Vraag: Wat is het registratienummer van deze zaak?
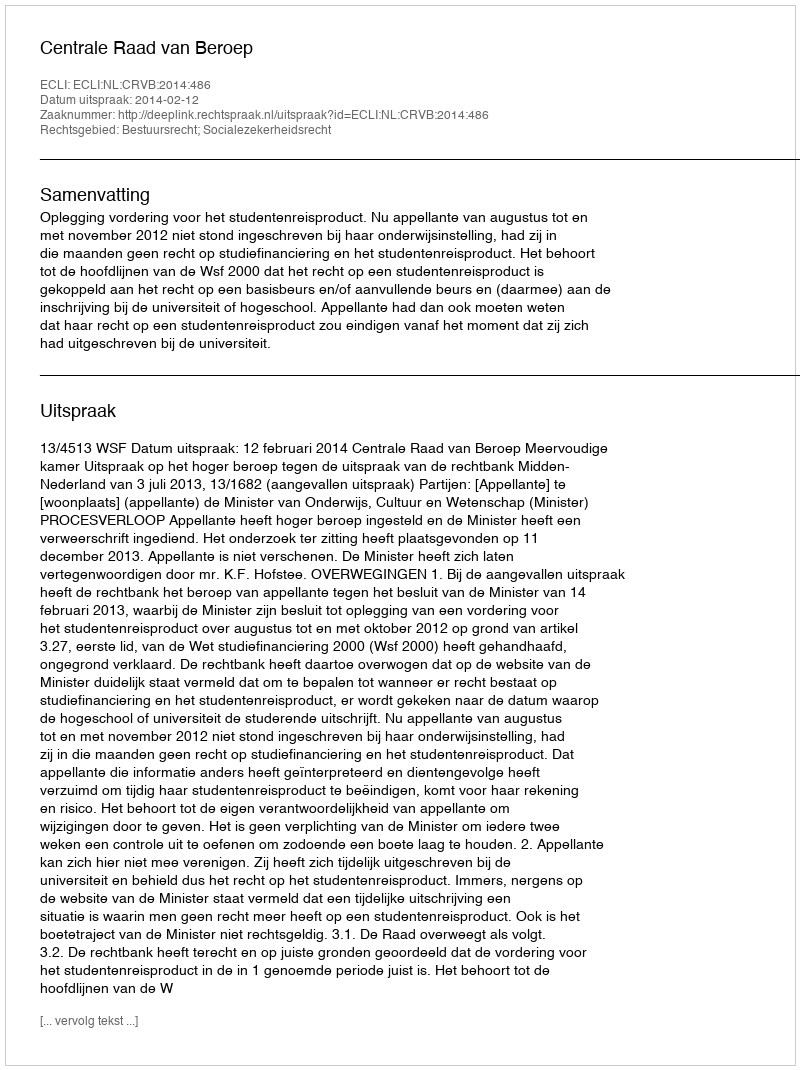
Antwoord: http://deeplink.rechtspraak.nl/uitspraak?id=ECLI:NL:CRVB:2014:486